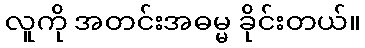
လူကို အတင်းအဓမ္မ ခိုင်းတယ်။